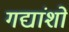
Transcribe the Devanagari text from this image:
गद्यांशों